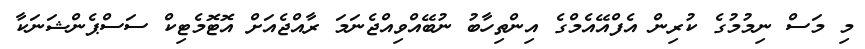
މި މަސް ނިމުމުގެ ކުރިން އެފްއޭއެމްގެ އިންތިހާބު ނުބޭއްވިއްޖެނަމަ ރާއްޖެއަށް އޮޓޮމެޓިކް ސަސްޕެންޝަނަކާ